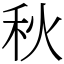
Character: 秋